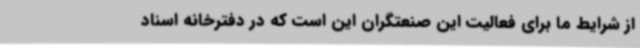
از شرایط ما برای فعالیت این صنعتگران این است که در دفترخانه اسناد